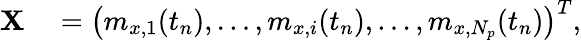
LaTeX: \begin{array}{rl}{\mathbf{X}}&{{}=\left(m_{x,1}(t_{n}),\ldots,m_{x,i}(t_{n}),\ldots,m_{x,N_{p}}(t_{n})\right)^{T},}\end{array}